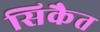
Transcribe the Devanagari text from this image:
सिकैत